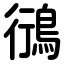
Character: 鴴